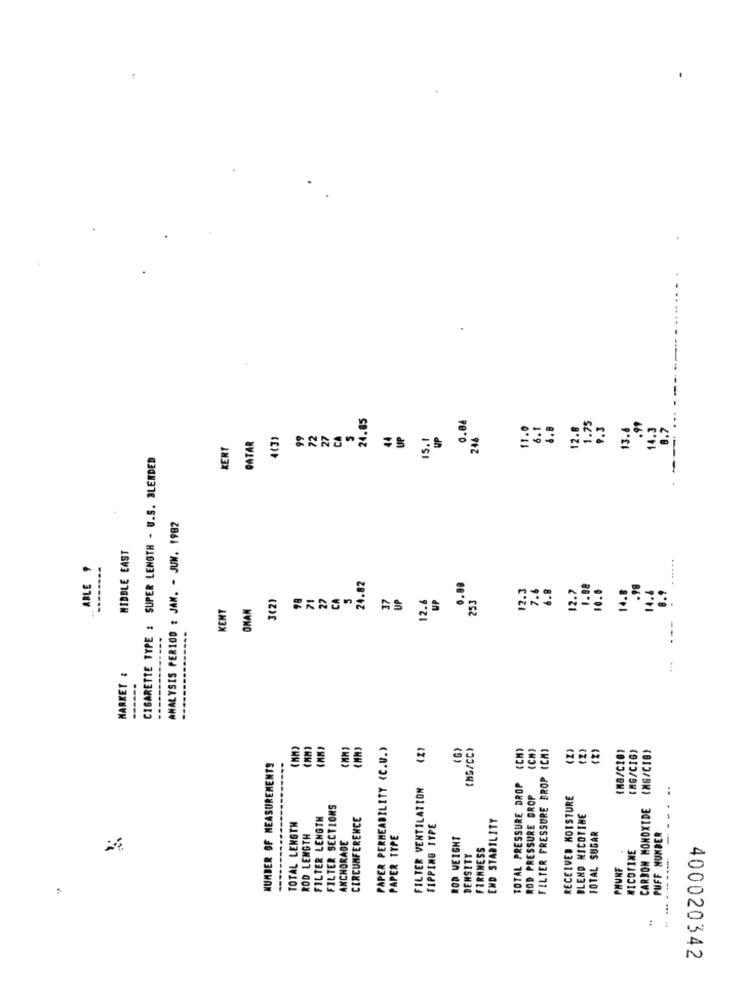
24.85
0.88
...
11.0
6.1
4.8
12.8
1.75
9.3
3.8
.99
14.3
8.7
4(3)
99
72
27
CA
44
UP
15.1
UP
246
--
KERT
QATAR
CIGARETTE TYPE : SUPER LENGTH - U.S. BLENDED
ANALYSIS PERIOD : JAN. - JUN. 1982
MIDDLE EAST
ABLE ,
--------
24.82
.88
12.3
7.6
6.8
12.7
1.88
10.0
14.8
.98
14.4
B.9
3(2)
22
CA
37
UP
12.6
UP
253
KENT
OMAN
--------------
MARKET :
---
PAPER PERMEABILITY <C.U.)
(MG/CC>
(MB/C10)
(MG/CIG)
CARBON MONOXIDE (MG/CIB)
NUMBER OF MEASUREMENTS
FILTER PRESSURE DROP
FILTER VENTILATION
TOTAL PRESSURE DROP
..
ROD PRESSURE DROP
RECEIVED MOISTURE
FILTER SECTIONS
FILTER LENGTH
CIRCUMFERENCE
END STABILITY
BLEND NICOTINE
TOTAL LENGTH
TIPPING TYPE
TOTAL SUGAR
ROD LENGTH
ANCHORAGE
PAPER TYPE
ROD WEIGHT
PUFF NUMBER
FIRMNESS
NICOTINE
DENSITY
PHUNF
---
400020342